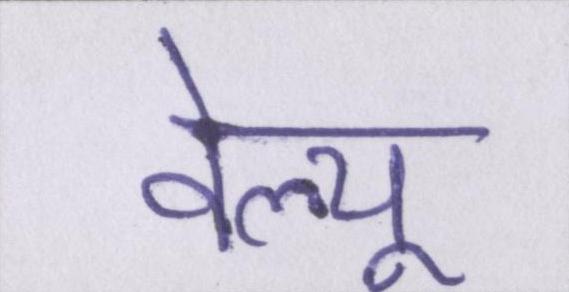
वेल्यू